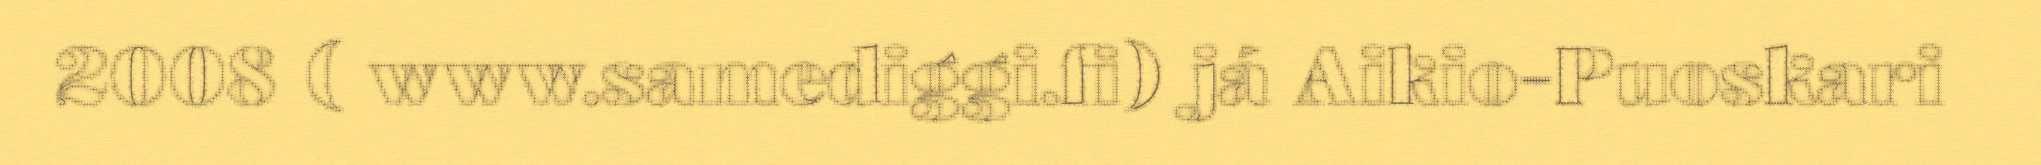
2008 ( www.samediggi.fi) já Aikio-Puoskari